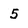
Character: 5